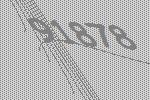
91878